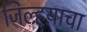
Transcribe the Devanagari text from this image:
जिल्हय़ाचा